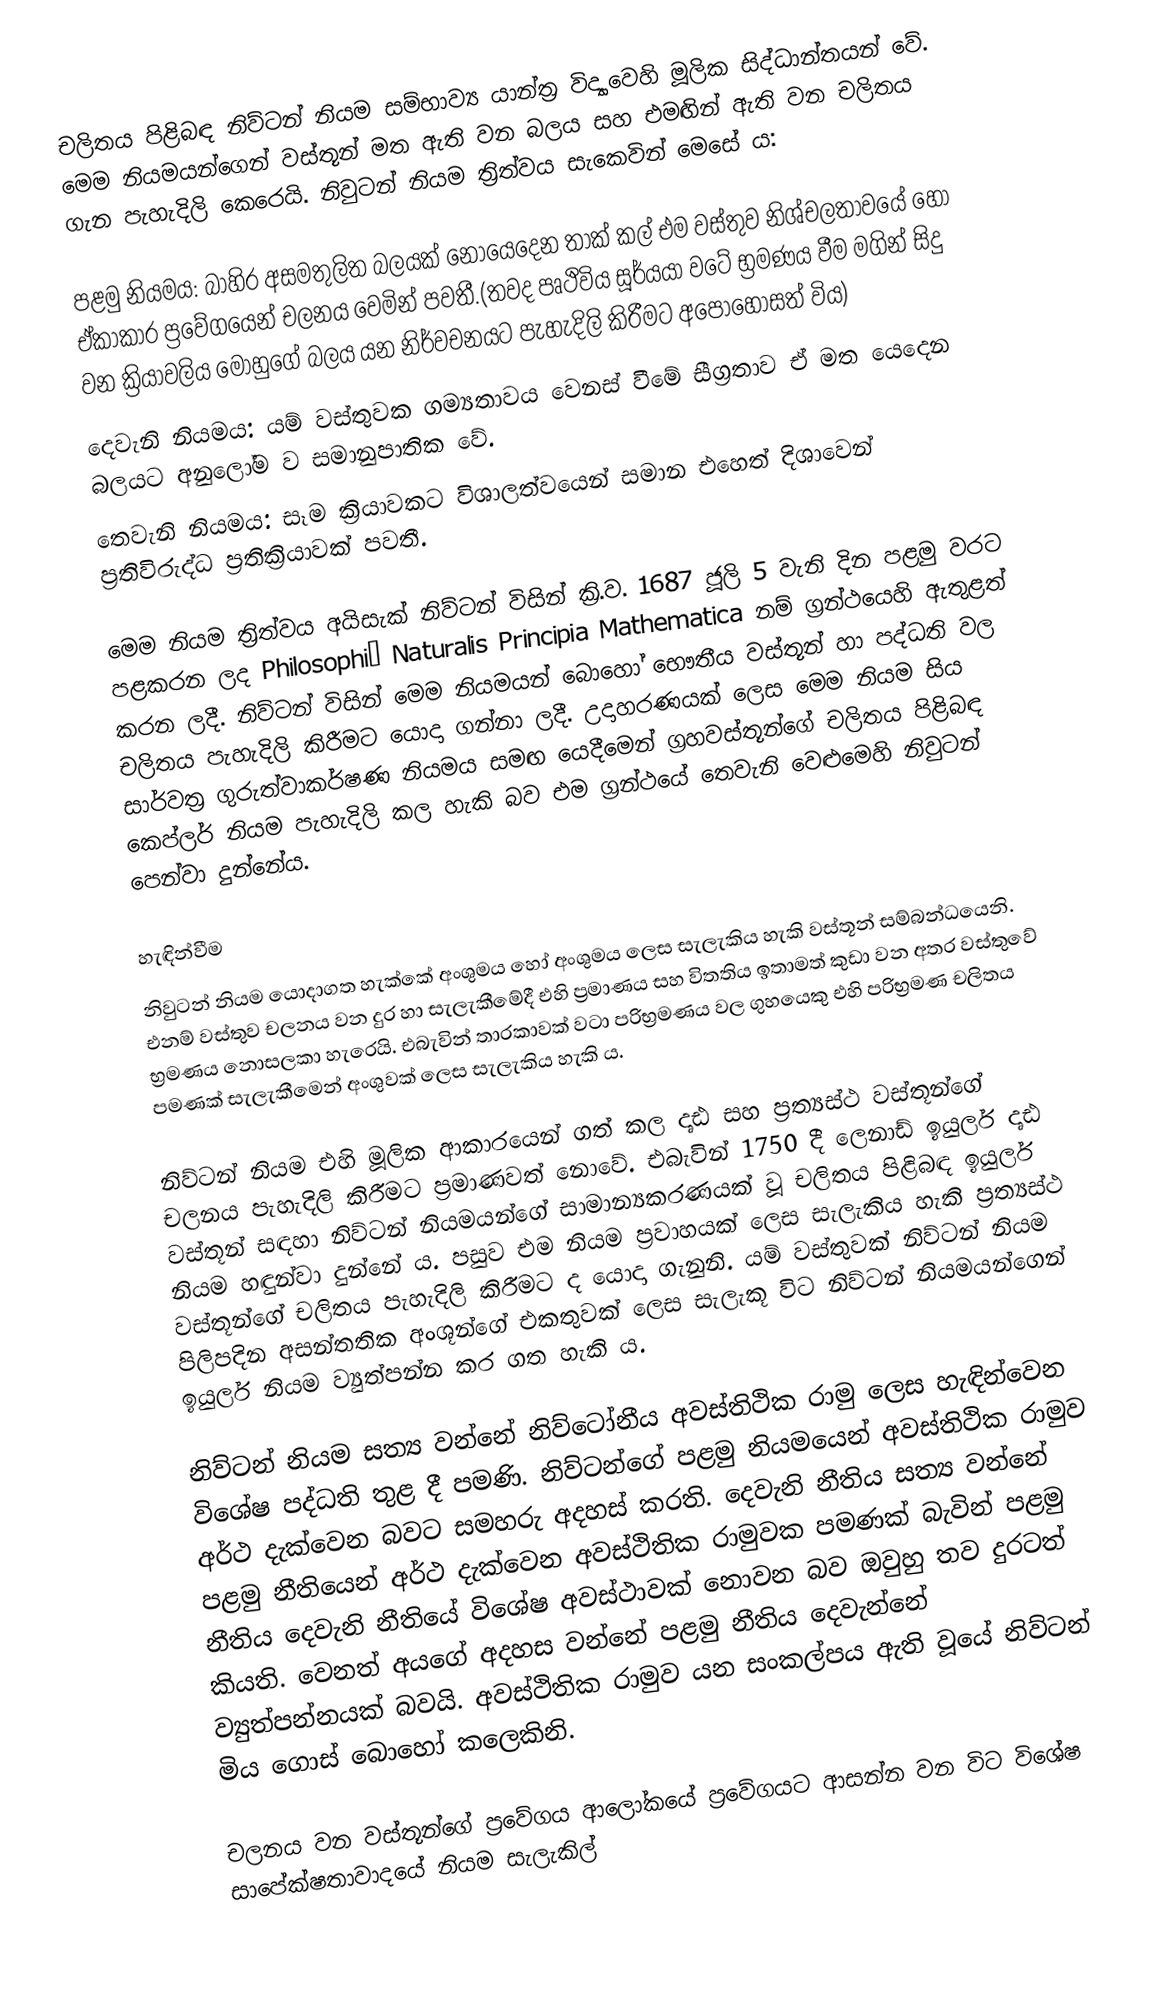
චලිතය පිළිබඳ නිව්ටන් නියම සම්භාව්‍ය යාන්ත්‍ර විද්‍යාවෙහි මූලික සිද්ධාන්තයන් වේ. මෙම නියමයන්ගෙන් වස්තූන් මත ඇති වන බලය සහ එමඟින් ඇති වන චලිතය ගැන පැහැදිලි කෙරෙයි. නිවුටන් නියම ත්‍රිත්වය සැකෙවින් මෙසේ ය:

 පළමු නියමය: බාහිර අසමතුලිත බලයක් නොයෙදෙන තාක් කල් එම වස්තුව නිශ්චලතාවයේ හෝ ඒකාකාර ප්‍රවේගයෙන් චලනය වෙමින් පවතී.(තවද පෘථිවිය සූර්යයා වටේ භ්‍රමණය වීම මගින් සිදු වන ක්‍රියාවලිය මොහුගේ බලය යන නිර්වචනයට පැහැදිලි කිරීමට අපෝහොසත් විය)
 දෙවැනි නියමය: යම් වස්තුවක ගම්‍යතාවය වෙනස් වීමේ සීග්‍රතාව ඒ මත යෙදෙන බලයට අනුලෝම ව සමානුපාතික වේ.
 තෙවැනි නියමය: සෑම ක්‍රියාවකට විශාලත්වයෙන් සමාන එහෙත් දිශාවෙන් ප්‍රතිවිරුද්ධ ප්‍රතික්‍රියාවක් පවතී.

මෙම නියම ත්‍රිත්වය අයිසැක් නිව්ටන් විසින් ක්‍රි.ව. 1687 ජූලි 5 වැනි දින පළමු වරට පළකරන ලද Philosophiæ Naturalis Principia Mathematica නම් ග්‍රන්ථයෙහි ඇතුළත් කරන ලදී. නිව්ටන් විසින් මෙම නියමයන් බොහෝ භෞතීය වස්තූන් හා පද්ධති වල චලිතය පැහැදිලි කිරීමට යොදා ගන්නා ලදී. උදාහරණයක් ලෙස මෙම නියම සිය සාර්වත්‍ර ගුරුත්වාකර්ෂණ නියමය සමඟ යෙදීමෙන් ග්‍රහවස්තූන්ගේ චලිතය පිළිබඳ කෙප්ලර් නියම පැහැදිලි කල හැකි බව එම ග්‍රන්ථයේ තෙවැනි වෙළුමෙහි නිවුටන් පෙන්වා දුන්නේය.

හැඳින්වීම
නිවුටන් නියම යොදාගත හැක්කේ අංශුමය හෝ අංශුමය ලෙස සැලැකිය හැකි වස්තූන් සම්බන්ධයෙනි. එනම් වස්තුව චලනය වන දුර හා සැලැකීමේදී එහි ප්‍රමාණය සහ විතතිය ඉතාමත් කුඩා වන අතර වස්තුවේ භ්‍රමණය නොසලකා හැරෙයි. එබැවින් තාරකාවක් වටා පරිභ්‍රමණය වල ගුහයෙකු එහි පරිභ්‍රමණ චලිතය පමණක් සැලැකීමෙන් අංශුවක් ලෙස සැලැකිය හැකි ය.

නිව්ටන් නියම එහි මූලික ආකාරයෙන් ගත් කල දෘඪ සහ ප්‍රත්‍යස්ථ වස්තූන්ගේ චලනය පැහැදිලි කිරීමට ප්‍රමාණවත් නොවේ. එබැවින් 1750 දී ලෙනාඩ් ඉයුලර් දෘඪ වස්තූන් සඳහා නිව්ටන් නියමයන්ගේ සාමාන්‍යකරණයක් වූ චලිතය පිළිබඳ ඉයුලර් නියම හඳුන්වා දුන්නේ ය. පසුව එම නියම ප්‍රවාහයක් ලෙස සැලැකිය හැකි ප්‍රත්‍යස්ථ වස්තූන්ගේ චලිතය පැහැදිලි කිරීමට ද යොදා ගැනුනි. යම් වස්තුවක් නිව්ටන් නියම පිලිපදින අසන්තතික අංශූන්ගේ එකතුවක් ලෙස සැලැකූ විට නිව්ටන් නියමයන්ගෙන් ඉයුලර් නියම ව්‍යුත්පන්න කර ගත හැකි ය.

නිව්ටන් නියම සත්‍ය වන්නේ නිව්ටෝනීය අවස්තිථික රාමු ලෙස හැඳින්වෙන විශේෂ පද්ධති තුළ දී පමණි. නිව්ටන්ගේ පළමු නියමයෙන් අවස්තිථික රාමුව අර්ථ දැක්වෙන බවට සමහරු අදහස් කරති. දෙවැනි නීතිය සත්‍ය වන්නේ පළමු නීතියෙන් අර්ථ දැක්වෙන අවස්ථිතික රාමුවක පමණක් බැවින් පළමු නීතිය දෙවැනි නීතියේ විශේෂ අවස්ථාවක් නොවන බව ඔවුහු තව දුරටත් කියති. වෙනත් අයගේ අදහස වන්නේ පළමු නීතිය දෙවැන්නේ ව්‍යුත්පන්නයක් බවයි. අවස්ථිතික රාමුව යන සංකල්පය ඇති වූයේ නිව්ටන් මිය ගොස් බොහෝ කලෙකිනි.

චලනය වන වස්තූන්ගේ ප්‍රවේගය ආලෝකයේ ප්‍රවේගයට ආසන්න වන විට විශේෂ සාපේක්ෂතාවාදයේ නියම සැලැකිල්